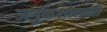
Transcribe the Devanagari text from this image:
जनुकशास्त्रात